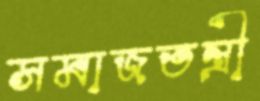
সমাজতন্ত্রী